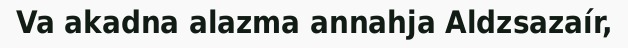
Va akadna alazma annahja Aldzsazaír,